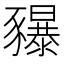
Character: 𧲐